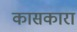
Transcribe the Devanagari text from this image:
कासकारा